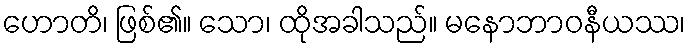
ဟောတိ၊ ဖြစ်၏။ သော၊ ထိုအခါသည်။ မနောဘာဝနီယဿ၊